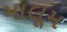
માલૂમ